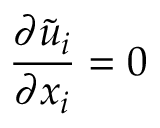
\frac { \partial \tilde { u } _ { i } } { \partial x _ { i } } = 0